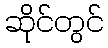
ဆိုင်တွင်